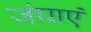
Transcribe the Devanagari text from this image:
जंघाएं